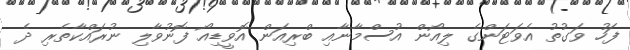
ފަހު ވަގުތު އެވަޓަންގެ ލިއޯން އުސްމާނާއި ބްރިއަން އޮވީޑިއޯ ފޮނުވާލި ނުރައްކާތެރި ދެ